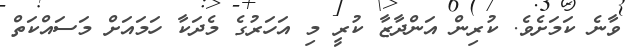
ވާނެ ކަމަށެވެ. ކުރިން އަންދާޒާ ކުރީ މި އަހަރުގެ މެދަކާ ހަމައަށް މަސައްކަތް